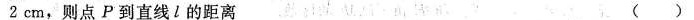
2 c m$$，则点P到直线l的距离 ( )